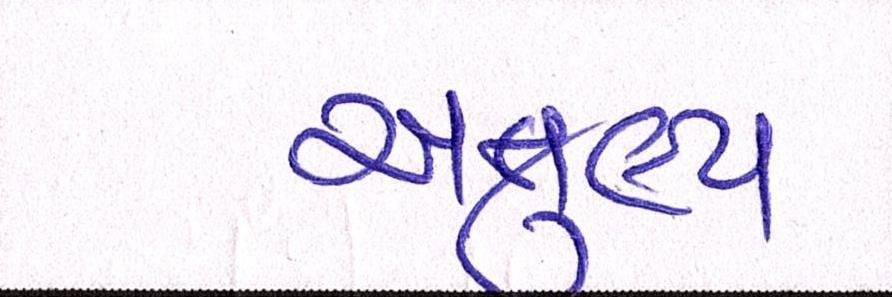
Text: અતુલ્ય